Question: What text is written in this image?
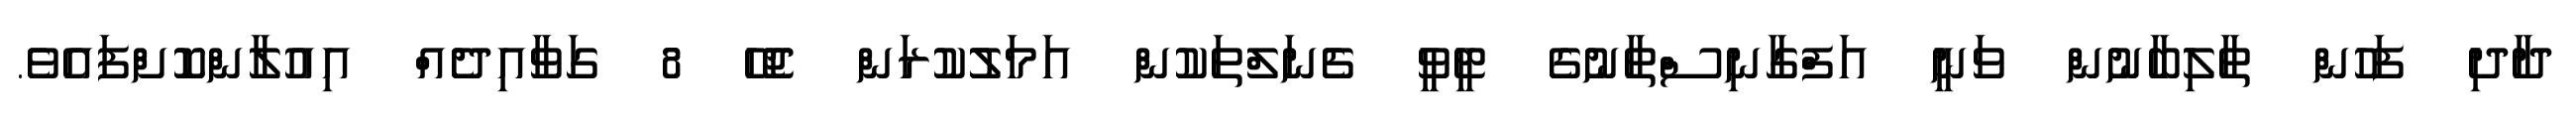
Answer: ދާދި ފަހުން ތާލިބާނުން ވަނީ އަފްގާނިސްތާނުގެ ޓީވީ ޗެނަލްތަކުން އަމަލުކުރަން ޖެހޭ 8 ގަވާއިދެއް އިއުލާންކޮށްފައެވެ.